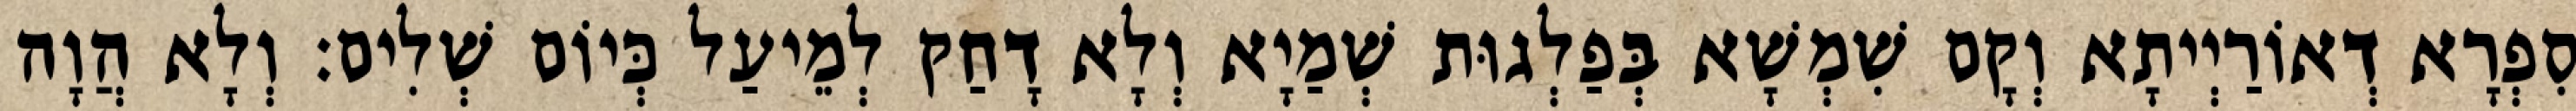
סִפְרָא דְאוֹרַיְיתָא וְקָם שִׁמְשָׁא בְּפַלְגוּת שְׁמַיָא וְלָא דָחַק לְמֵיעַל כְּיוֹם שְׁלִים׃ וְלָא הֲוָה